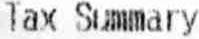
TAX SUMMARY